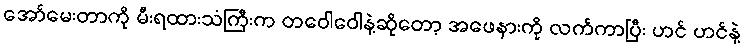
အော်မေးတာကို မီးရထားသံကြီးက တဝေါဝေါနဲ့ဆိုတော့ အဖေနားကို လက်ကာပြီး ဟင် ဟင်နဲ့